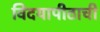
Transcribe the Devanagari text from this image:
विदयापीठाची